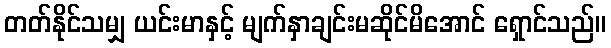
တတ်နိုင်သမျှ ယင်းမာနှင့် မျက်နှာချင်းမဆိုင်မိအောင် ရှောင်သည်။